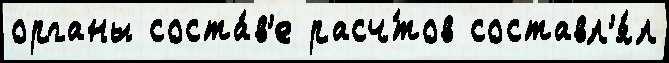
органы соста́в'е расч́тов составл'я́л